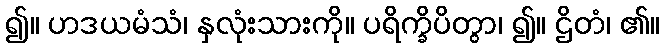
၍။ ဟဒယမံသံ၊ နှလုံးသားကို။ ပရိက္ခိပိတွာ၊ ၍။ ဌိတံ၊ ၏။